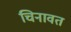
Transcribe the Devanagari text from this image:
चिनावत